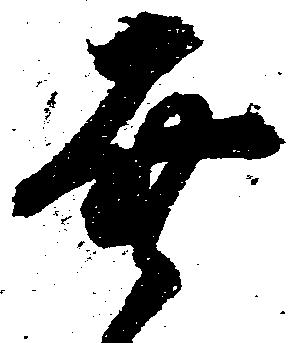
幸